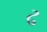
ઢ